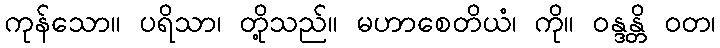
ကုန်သော။ ပရိသာ၊ တို့သည်။ မဟာစေတိယံ၊ ကို။ ဝန္ဒန္တိ ဝတ၊